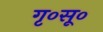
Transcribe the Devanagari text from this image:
गृ०सू०